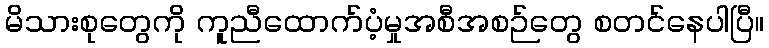
မိသားစုတွေကို ကူညီထောက်ပံ့မှုအစီအစဉ်တွေ စတင်နေပါပြီ။